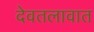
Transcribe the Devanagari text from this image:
देवतलावात